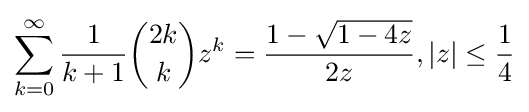
\sum _{k=0}^{\infty }{\frac {1}{k+1}}{2k \choose k}z^{k}={\frac {1-{\sqrt {1-4z}}}{2z}},|z|\leq {\frac {1}{4}}